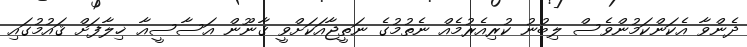
ދެންވާ އެކަންކަމުންވެސް ލިބުނު ކުރިއެރުމެއް ނެތުމުގެ ނަތީޖާއަކަށްވީ ޤާނޫން އަސާސީއާ ޚިލާފަށް ޤައުމުގައި